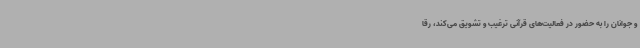
و جوانان را به حضور در فعالیت‌های قرآنی ترغیب و تشویق می‌کند، رقا